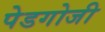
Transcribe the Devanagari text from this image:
पेडगोजी